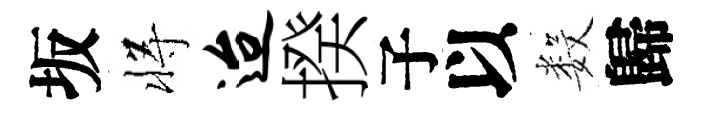
坂将迨揆子以数歸